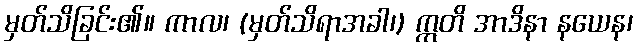
မှတ်သိခြင်း၏။ ကာလ၊ (မှတ်သိရာအခါ၊) ဣတိ အာဒိနာ နယေန၊